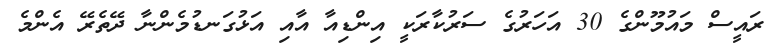
ރައީސް މައުމޫންގެ 30 އަހަރުގެ ސަރުކާރަކީ އިންޑިއާ އާއި އަޅުގަނޑުމެންނާ ދޭތެރޭ އެންމެ